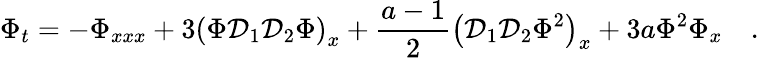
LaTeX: \Phi_{t}=-\Phi_{xxx}+3\left(\Phi{\cal D}_{1}{\cal D}_{2}\Phi\right)_{x}+\frac{a-1}{2}\left({\cal D}_{1}{\cal D}_{2}\Phi^{2}\right)_{x}+3a\Phi^{2}\Phi_{x}\quad.